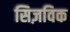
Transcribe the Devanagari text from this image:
सिज़विक